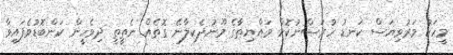
މީހަކު މަރުވިޔަސް ކަނޑު ހުރަސްނުކޮށް މައްޔިތާގެ މޫނުދެކިލާނޭ ގޮތެއް ނެތީތީ ދިވެހީން ކަންބޮޑުވެފައިވާ